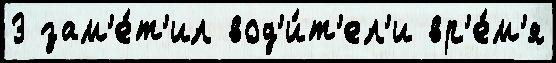
3 зам'е́т'ил вод'и́т'ел'и вр'е́м'я